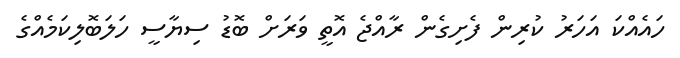
ހައެއްކަ އަހަރު ކުރިން ފެށިގެން ރާއްޖެ އޮތީ ވަރަށް ބޮޑު ސިޔާސީ ހަލަބޮލިކަމެއްގެ